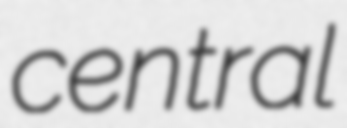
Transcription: central